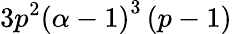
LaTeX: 3p^{2}\left(\alpha-1\right)^{3}\left(p-1\right)